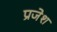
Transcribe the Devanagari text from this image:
प्रजेश